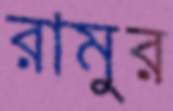
রামুর